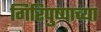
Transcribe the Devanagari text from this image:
गिरिपुष्पाच्या